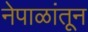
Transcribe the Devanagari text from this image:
नेपाळांतून